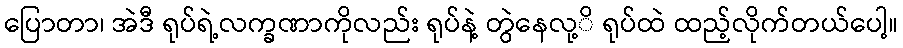
ပြောတာ၊ အဲဒီ ရုပ်ရဲ့လက္ခဏာကိုလည်း ရုပ်နဲ့ တွဲနေလု့ိ ရုပ်ထဲ ထည့်လိုက်တယ်ပေါ့။